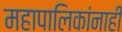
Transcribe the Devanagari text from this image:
महापालिकांनाही